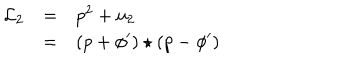
\begin{array} { l c l } { { { \mathcal L } _ { 2 } } } & { { = } } & { { { p } ^ { 2 } + u _ { 2 } } } \\ { { } } & { { = } } & { { ( p + { \phi } ^ { \prime } ) \star ( p - { \phi } ^ { \prime } ) } } \\ \end{array}